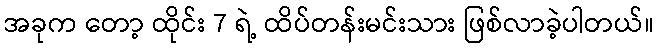
အခုက တော့ ထိုင်း 7 ရဲ့ ထိပ်တန်းမင်းသား ဖြစ်လာခဲ့ပါတယ်။